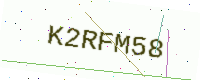
Text: K2RFM58